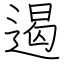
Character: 遏